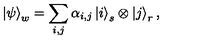
\left| \psi \right\rangle _ { w } = \sum _ { i , j } \alpha _ { i , j } \left| i \right\rangle _ { s } \otimes \left| j \right\rangle _ { r } ,